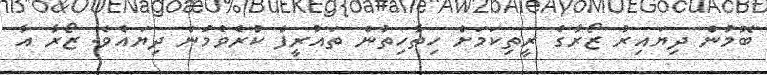
ބޮމުން ދިޔައިރު ޒޯރާގެ ރީތިކަމަށް ހިތާހިތުން ތައުރީފް ކުރެވެމުން ދިޔައެވެ. ޒޯރާ އާ